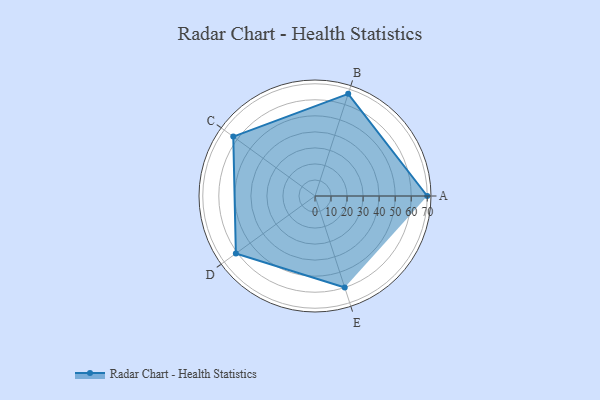
{"axis": {"x": "Skill", "y": "Score"}, "legend": ["Profile"], "data": [{"x": "A", "y": 70.0, "type": "Profile"}, {"x": "B", "y": 67.0, "type": "Profile"}, {"x": "C", "y": 63.0, "type": "Profile"}, {"x": "D", "y": 61.0, "type": "Profile"}, {"x": "E", "y": 60.0, "type": "Profile"}]}